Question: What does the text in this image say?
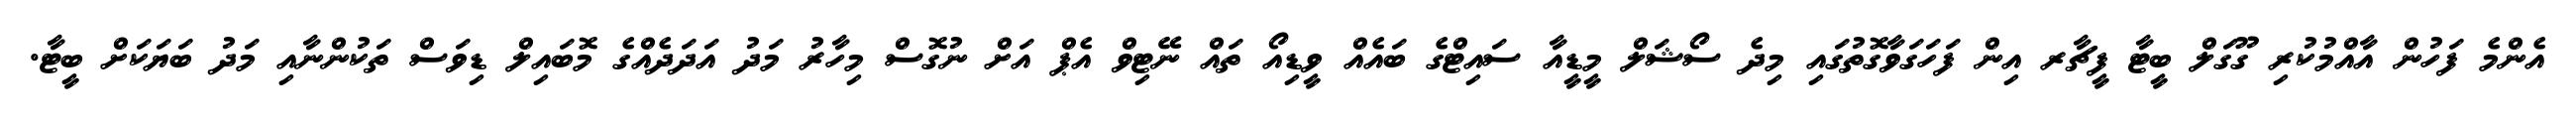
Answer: އެންމެ ފަހުން އާއްމުކުރި ގޫގަލް ބީޓާ ފީޗާރ އިން ފަހަގަވާގޮތުގައި މިދެ ސޯޝަލް މީޑީއާ ސައިޓްގެ ބައެއް ވީޑިއޯ ތައް ނޭޓިވް އެޕް އަށް ނުގޮސް މިހާރު މަދު އަދަދެއްގެ މޮބައިލް ޑިވަސް ތަކުންނާއި މަދު ބަޔަކަށް ބީޓާ.